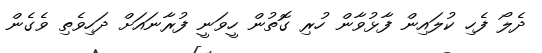
ދެލޯ ފެހި ކުލައިން ފާޅުވާން ހުރި ގޮތުން ހީވަނީ ފުރާނައަށް ދަހިވެތި ވެގެން